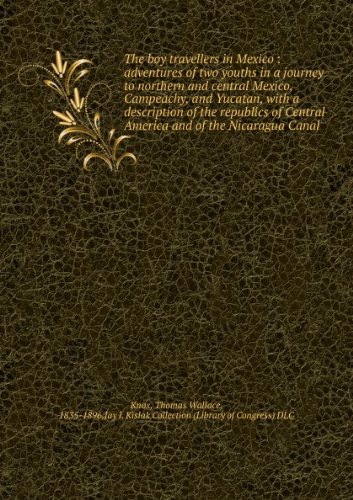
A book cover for The boy travellers in Mexico : adventures of two youths in a journey to northern and central Mexico, Campeachy, and Yucatan, with a description of the republics of Central America and of the Nicaragua Canal; Thomas Wallace Jay I. Kislak Collection Library of Congress Knox; Travel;